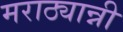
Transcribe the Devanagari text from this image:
मराठ्यान्नी